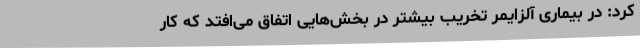
کرد:‌ در بیماری آلزایمر تخریب بیشتر در بخش‌هایی اتفاق می‌افتد که کار